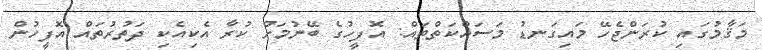
މަޤާމުގައި ކުރަންޖެހޭ މައިގަނޑު މަސައްކަތްތައް: އޮފީހުގެ ބޭނުމަށް ކުރާ އެކިއެކި ދަތުރުތައް އޮފީހުން